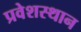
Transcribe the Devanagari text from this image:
प्रवेशस्थान